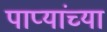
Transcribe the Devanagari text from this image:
पाप्यांच्या